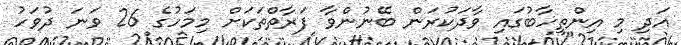
އަދި މި އިންތިހާބުގައި ވާދަކުރަން ބޭނުންވާ ފަރާތްތަކަށް މިމަހުގެ 26 ވަނަ ދުވަހު